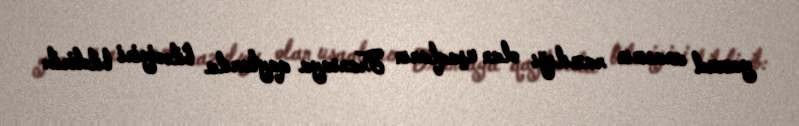
yaxud anasının razılığı olan uşaqların Fransaya qaytarıla biləciyini bildirib: